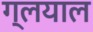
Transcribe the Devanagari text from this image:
ग्लयाल